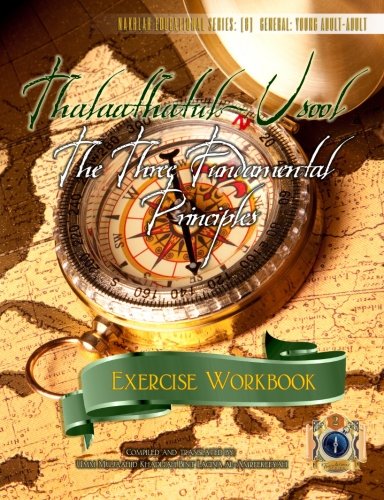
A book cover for Thalaathatul-Usool: The Three Fundamental Principles [Exercise Workbook]; Umm Mujaahid Khadijah Bint Lacina Al-Amreekeeyah; Religion & Spirituality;